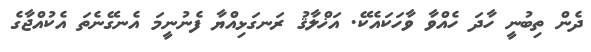
ދެން ތިބުނީ ހާދަ ހެއްވާ ވާހަކައެކޭ. އަޚްލާޤު ރަނގަޅިއްޔާ ފެނުނީމަ އެނގޭނެތަ އެކުއްޖާގެ